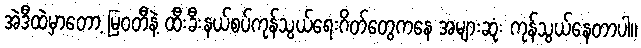
အဲဒီထဲမှာတော့ မြဝတီနဲ့ ထီးခီးနယ်စပ်ကုန်သွယ်ရေးဂိတ်တွေကနေ အများဆုံး ကုန်သွယ်နေတာပါ။